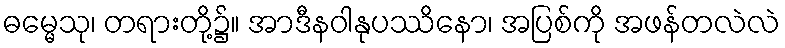
ဓမ္မေသု၊ တရားတို့၌။ အာဒီနဝါနုပဿိနော၊ အပြစ်ကို အဖန်တလဲလဲ